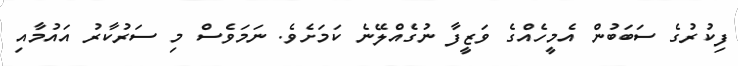
ފިކުރުގެ ސަބަބުން އެމީހެއްގެ ވަޒީފާ ނުގެއްލޭނެ ކަމަށެވެ. ނަމަވެސް މި ސަރުކާރު އައުމާއި